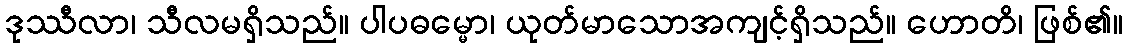
ဒုဿီလာ၊ သီလမရှိသည်။ ပါပဓမ္မော၊ ယုတ်မာသောအကျင့်ရှိသည်။ ဟောတိ၊ ဖြစ်၏။